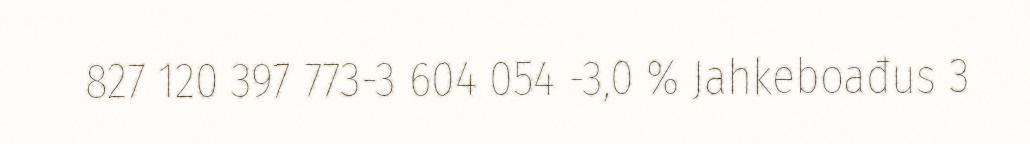
827 120 397 773-3 604 054 -3,0 % Jahkeboađus 3